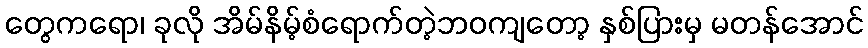
တွေကရော၊ ခုလို အိမ်နိမ့်စံရောက်တဲ့ဘဝကျတော့ နှစ်ပြားမှ မတန်အောင်